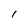
Character: 1